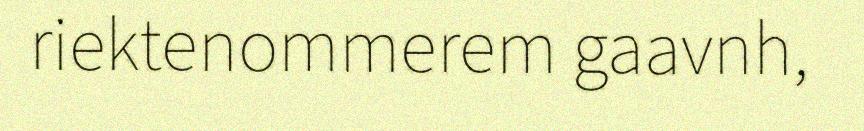
riektenommerem gaavnh,